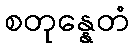
စတုန္နေတံ